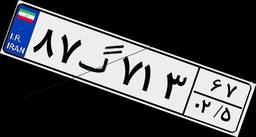
۶۲گ۱۶۵۵۲